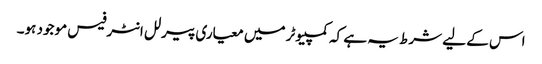
اس کے لیے شرط یہ ہے کہ کمپیوٹر میں معیاری پیرلل انٹرفیس موجود ہو۔